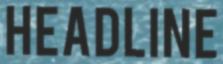
HEADLINE